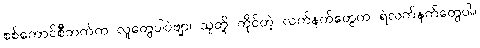
စစ်ကောင်စီဘက်က လူတွေပါပဲဗျာ၊ သူတို့ ကိုင်တဲ့ လက်နက်တွေက ရဲလက်နက်တွေပါ။